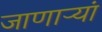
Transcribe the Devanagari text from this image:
जाणाऱ्यां